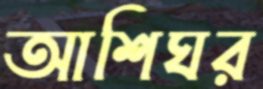
আশিঘর